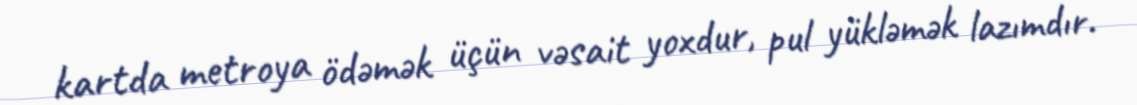
kartda metroya ödəmək üçün vəsait yoxdur, pul yükləmək lazımdır.